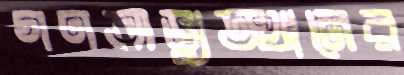
গণঅভু্যত্থানের